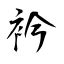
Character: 衿